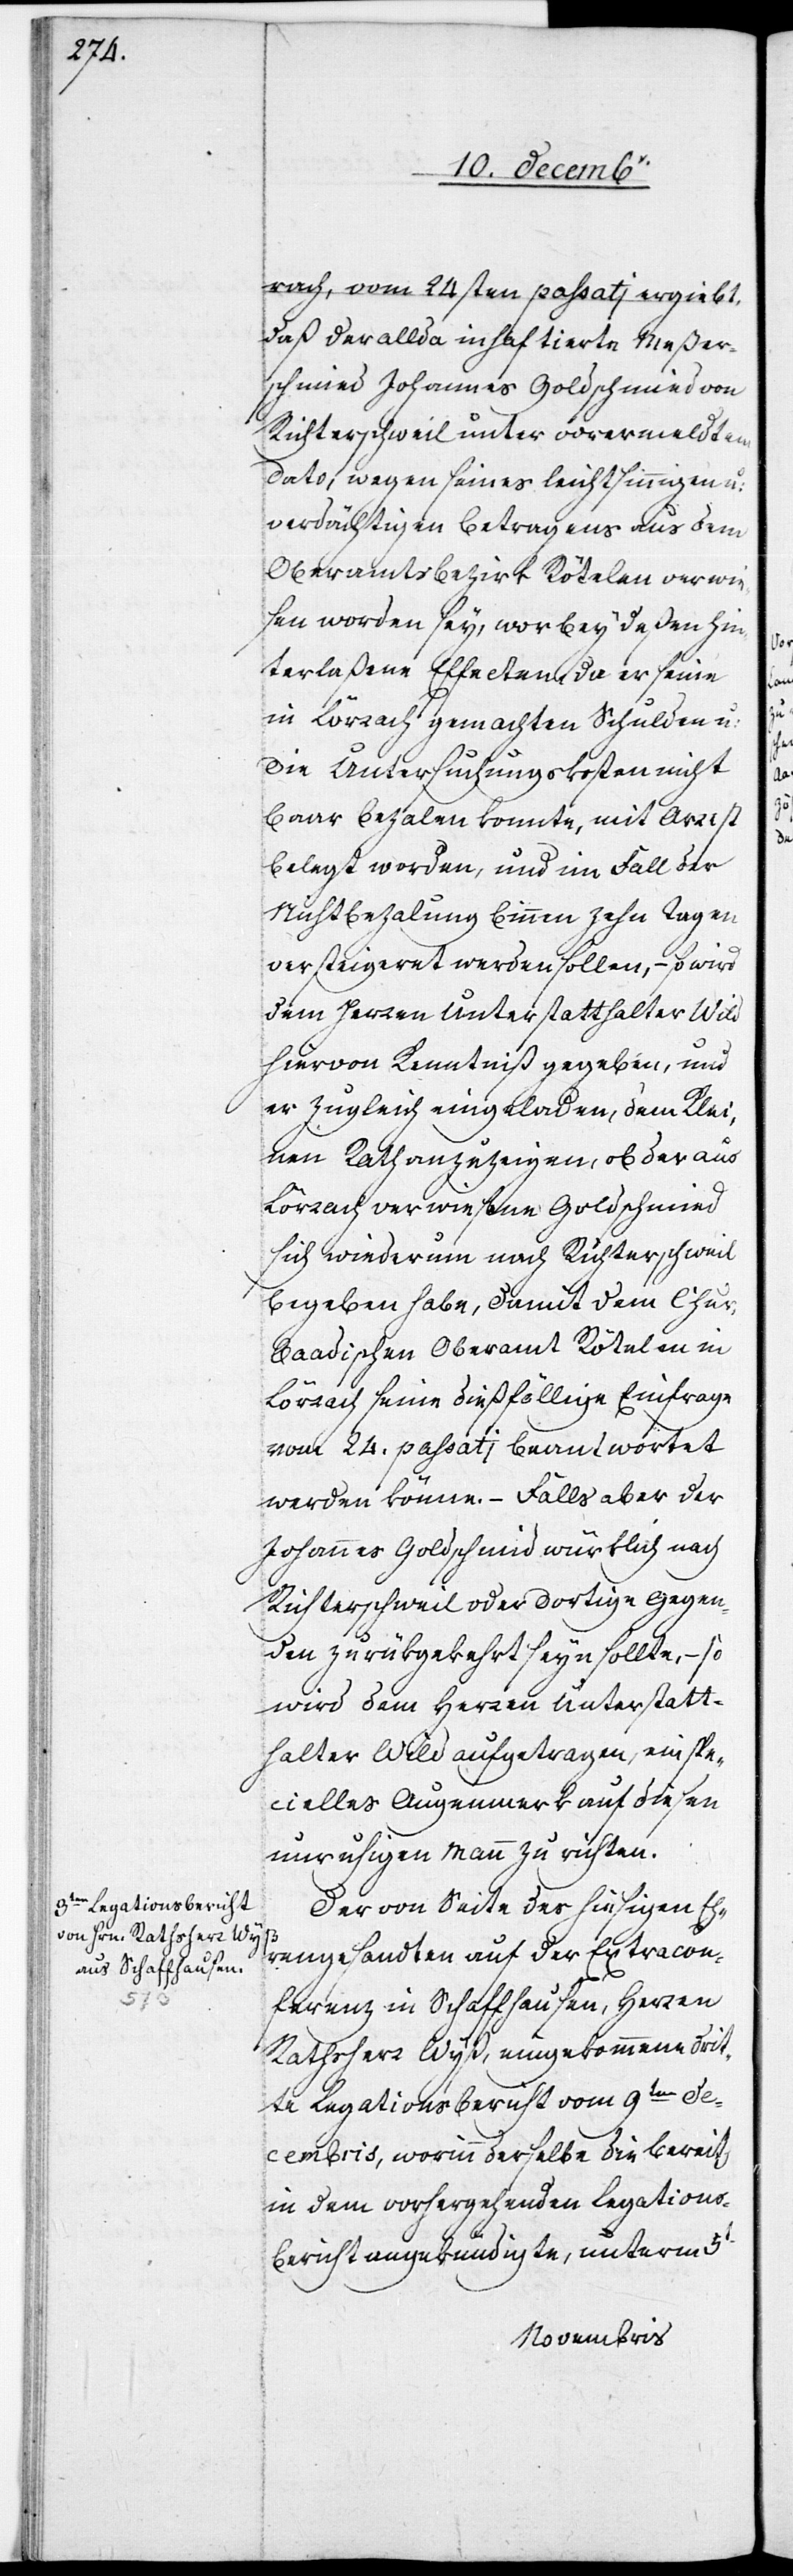
rach, vom 24sten passati ergiebt,
daß der allda inhaftierte Meßer¬
schmied Johannes Goldschmied von
Richterschweil unter vorermeldtem
Dato, wegen seines leichtsinnigen u:
verdächtigen Betragens aus dem
Oberamtsbezirk Rötelen verwie¬
sen worden sey, worbey deßen hin¬
terlaßene Effecten, da er seine
in Lörrach gemachten Schulden u:
die Untersuchungskosten nicht
baar bezalen konnte, mit Arrest
belegt worden, und im Fall der
Nichtbezalung binnen zehn Tagen
versteigeret werden sollen, – so wird
dem Herren Unterstatthalter Wild
hiervon Kenntniß gegeben, und
er zugleich eingeladen, dem Klei¬
nen Rath anzuzeigen, ob der aus
Lörrach verwiesene Goldschmied
sich wiederum nach Richterschweil
begeben habe, damit dem Chur¬
baadischen Oberamt Rötelen in
Lörrach seine dießfällige Einfrage
vom 24. passati beantwortet
werden könne. – Falls aber der
Johannes Goldschmid würklich nach
Richterschweil oder dortige Gegen¬
den zurükgekehrt seyn sollte, – so
wird dem Herren Unterstatt¬
halter Wild aufgetragen, ein spe¬
cielles Augenmerk auf diesen
unruhigen Mann zu richten.
Der von Seite der hiesigen Eh¬
rengesandten auf der Extracon¬
ferenz in Schaffhausen, Herren
Rathsherr Wyß, eingekommene drit¬
te Legationsbericht vom 9ten De¬
cembris, worinn derselbe die bereits
in dem vorhergehenden Legations¬
bericht angekündigte, unterm